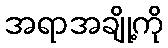
အရာအချို့ကို